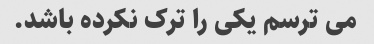
می ترسم یکی را ترک نکرده باشد.